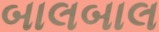
બાલબાલ